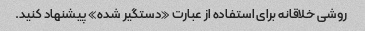
روشی خلاقانه برای استفاده از عبارت «دستگیر شده» پیشنهاد کنید.